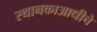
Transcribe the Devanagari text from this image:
स्थानकाआधीचे